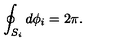
\oint _ { S _ { i } } { d \phi _ { i } } = 2 \pi .